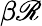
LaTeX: \beta\mathscr{R}